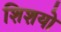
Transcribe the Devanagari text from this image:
शिशयो